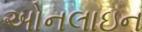
અોનલાઇન